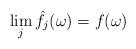
LaTeX: \begin{align*}\lim_j \hat f_j(\omega) = f(\omega)\end{align*}